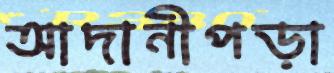
আদানীপড়া